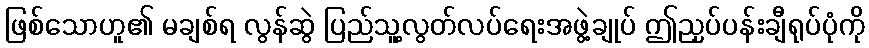
ဖြစ်သောဟူ၏ မချစ်ရ လွန်ဆွဲ ပြည်သူ့လွတ်လပ်ရေးအဖွဲ့ချုပ် ဤညှပ်ပန်းချီရုပ်ပုံကို